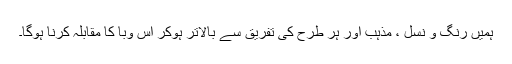
ہمیں رنگ و نسل ، مذہب اور ہر طرح کی تفریق سے بالاتر ہوکر اس وبا کا مقابلہ کرنا ہوگا۔